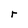
Character: r